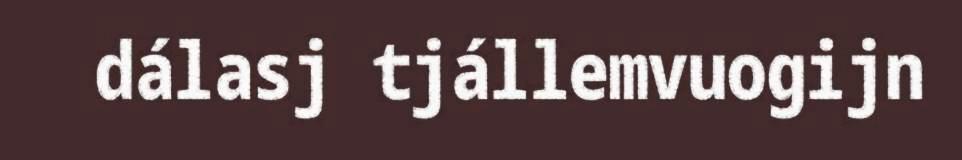
dálasj tjállemvuogijn